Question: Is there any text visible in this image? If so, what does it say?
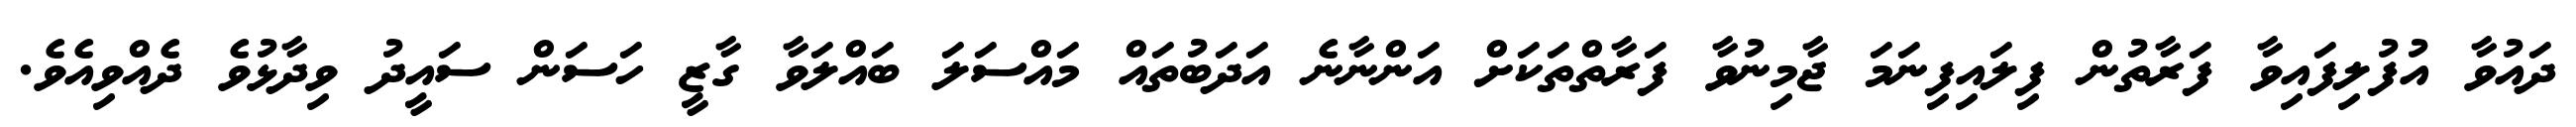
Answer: ދައުވާ އުފުލިފައިވާ ފަރާތުން ފިލައިފިނަމަ ޖާމިނުވާ ފަރާތްތަކަށް އަންނާނެ އަދަބުތައް މައްސަލަ ބައްލަވާ ގާޒީ ހަސަން ސައީދު ވިދާޅުވެ ދެއްވިއެވެ.